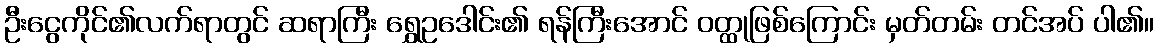
ဦးငွေကိုင်၏လက်ရာတွင် ဆရာကြီး ရွှေဥဒေါင်း၏ ရန်ကြီးအောင် ဝတ္ထုဖြစ်ကြောင်း မှတ်တမ်း တင်အပ် ပါ၏။